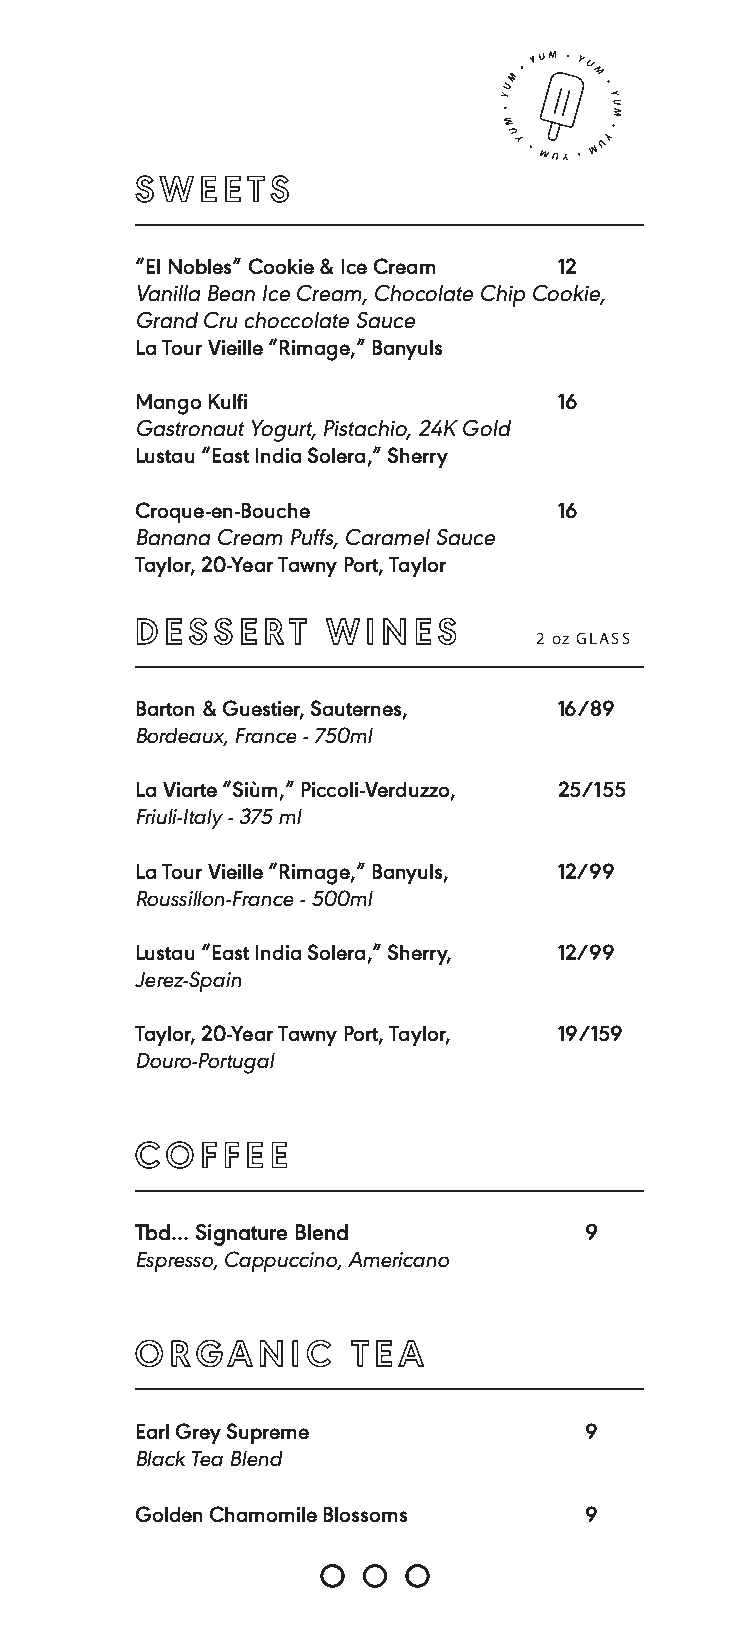
SWEE   TS
 “El Nobles” Cookie & Ice Cream 12
 Vanilla Bean Ice Cream, Chocolate Chip Cookie,
 Grand Cru choccolate Sauce
 La Tour Vieille “Rimage,” Banyuls
 Mango Kulfi                 16
 Gastronaut Yogurt, Pistachio, 24K Gold
 Lustau “East India Solera,” Sherry
 Croque-en-Bouche            16
 Banana Cream Puffs, Caramel Sauce
 Taylor, 20-Year Tawny Port, Taylor
 DESSERT      WINES
 2 oz GLASS
 Barton & Guestier, Sauternes, 16/89
 Bordeaux, France - 750ml
 La Viarte “Siùm,” Piccoli-Verduzzo, 25/155
 Friuli-Italy - 375 ml
 La Tour Vieille “Rimage,” Banyuls, 12/99
 Roussillon-France - 500ml
 Lustau “East India Solera,” Sherry, 12/99
 Jerez-Spain
 Taylor, 20-Year Tawny Port, Taylor, 19/159
 Douro-Portugal
 COFFEE
 Tbd... Signature Blend        9
 Espresso, Cappuccino, Americano
 ORGANIC       TE A
 Earl Grey Supreme             9
 Black Tea Blend
 Golden Chamomile Blossoms     9